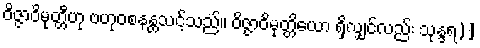
ဝိဇ္ဇာဝိမုတ္တီဟု ဗဟုဝစနန္တသင့်သည်။ ဝိဇ္ဇာဝိမုတ္တိယော ရှိလျှင်လည်း သုန္ဒရ)]